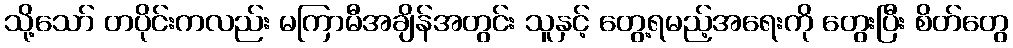
သို့သော် တပိုင်းကလည်း မကြာမီအချိန်အတွင်း သူနှင့် တွေ့ရမည့်အရေးကို တွေးပြီး စိတ်တွေ